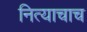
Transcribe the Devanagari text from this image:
नित्याचाच